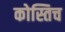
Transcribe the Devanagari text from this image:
कोस्तिच